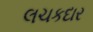
લચકદાર